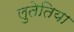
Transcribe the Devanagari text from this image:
लुतेतिया